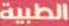
الطبية